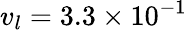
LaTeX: {v_{l}}=\mathrm{{}}3.3\times{10^{-1}}